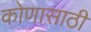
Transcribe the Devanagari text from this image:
कोणासाठी